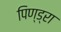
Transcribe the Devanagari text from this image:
पिण्‍ड्रा